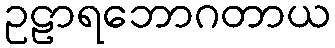
ဥဠာရဘောဂတာယ